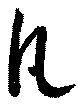
凡